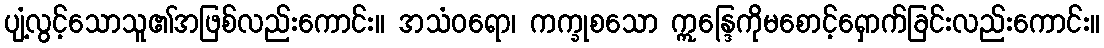
ပျံ့လွင့်သောသူ၏အဖြစ်လည်းကောင်း။ အသံဝရော၊ ကက္ခုစသော ဣန္ဒြေကိုမစောင့်ရှောက်ခြင်းလည်းကောင်း။